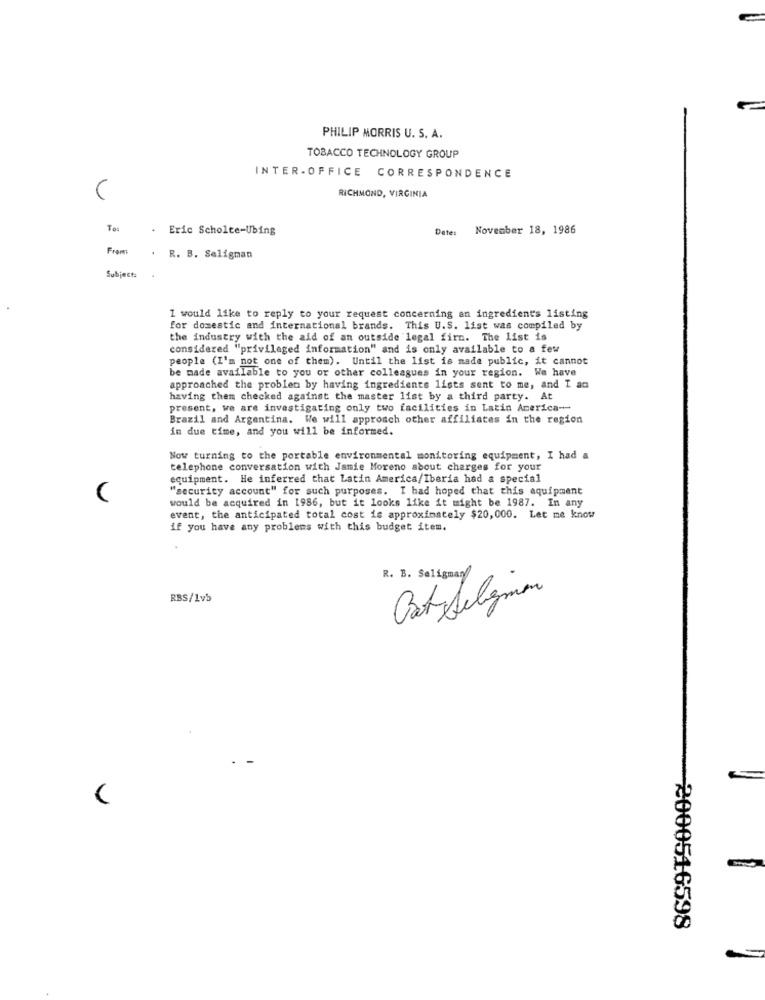
PHILIP MORRIS U. S. A.
TOBACCO TECHNOLOGY GROUP
INTER - OFFICE CORRESPONDENCE
(
RICHMOND, VIRGINIA
Eric Scholte-Ubing
Date
November 18, 1986
Frams
. R. B. Seligman
Subject:
I would like to reply to your request concerning an ingredient's listing
for domestic and international brands. This U.S. list was compiled by
the industry with the aid of an outside legal firn. The list is
considered "privileged information" and is only available to a few
people (I'm not one of them). Until the list is made public, it cannot
be made available to you or other colleagues in your region. We have
approached the problem by having ingredients lists sent to me, and I ac
having them checked against the master list by a third party. At
present, we are investigating only two facilities in Latin America --
Brazil and Argentina. We will approach other affiliates in the region
in due time, and you will be informed.
Now turning to the portable environmental monitoring equipment, I had a
telephone conversation with Jamie Moreno about charges for your
equipment. He inferred that Latin America/Iberia had a special
"security account" for such purposes. I had hoped that this equipment
would be acquired in 1986, but it looks like it might be 1987. In any
event, the anticipated total cost is approximately $20,000. Let me know
if you have any problems with this budget item.
R. B. Seligman/
RBS/1vb
Gat Seligman
2000516598